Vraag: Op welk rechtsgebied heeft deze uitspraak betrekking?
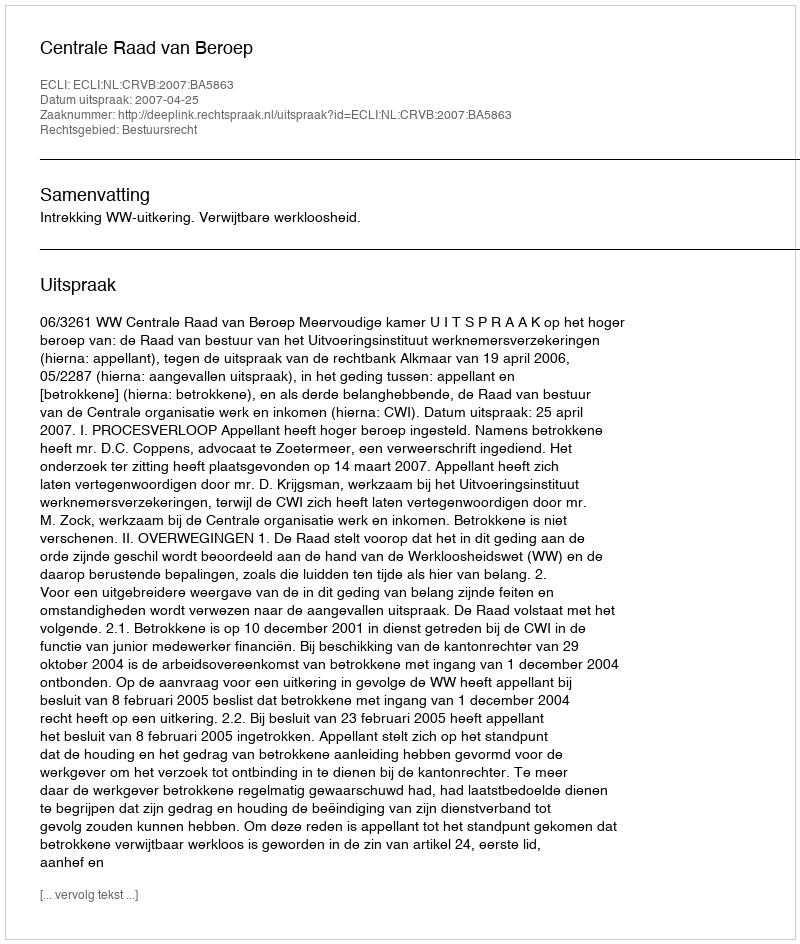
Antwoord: Bestuursrecht